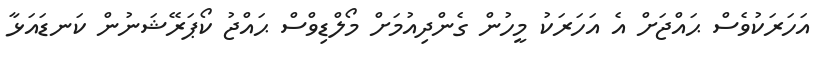
އަހަރަކުވެސް ޙައްޖަށް އެ އަހަރަކު މީހުން ގެންދިއުމަށް މޯލްޑިވްސް ޙައްޖު ކޯޕަރޭޝަނުން ކަނޑައަޅާ